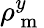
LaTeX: \rho_{\mathrm{~m~}}^{y}